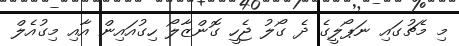
މި މެޗުގައި ނަޕޯލީގެ ދެ ގޯލު ޖެހީ ގޮންޒާލޯ ހިގުއައިން އާއި މިގުއެލް